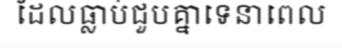
ដែលធ្លាប់ជួបគ្នាទេនាពេល